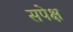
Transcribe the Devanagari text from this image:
सपेक्ष